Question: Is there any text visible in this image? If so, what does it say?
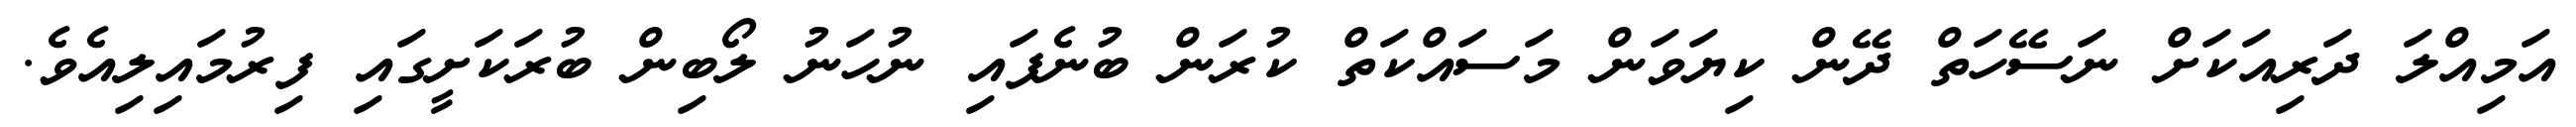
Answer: އަމިއްލަ ދަރިއަކަށް ނަސޭހަތް ދޭން ކިޔަވަން މަސައްކަތް ކުރަން ބުނެފައި ނުހަނު ލޯބިން ބުރަކަށީގައި ފިރުމައިލިއެވެ.